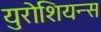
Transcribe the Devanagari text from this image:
युरोशियन्स